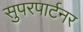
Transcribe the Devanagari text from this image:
सुपरपार्टनर